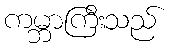
ကမ္ဘာကြီးသည်